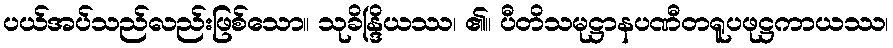
ပယ်အပ်သည်လည်းဖြစ်သော။ သုခိန္ဒြိယဿ၊ ၏။ ပီတိသမုဋ္ဌာနပဏီတရူပဖုဋ္ဌကာယဿ၊